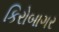
કિરોબાગર